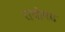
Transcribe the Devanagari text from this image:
राघोगढ